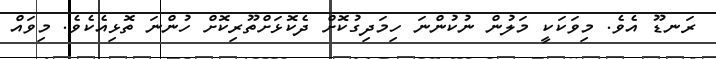
ރަނޑޫ އެވެ. މިވަކަކީ މަލުން ނުކުންނަ ހިމަދިގުކޮށް ދެކޮޅަށްތޫރިކޮށް ހުންނަ ތޮޅިއެކެވެ. މިވައް